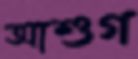
আশুগ